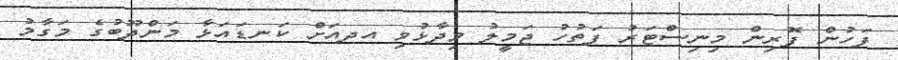
ފަހުން ފޮރިން މިނިސްޓަރު ފަތުހު ޖަމީލު ވިދާޅުވި އދއަށް ކަނޑައަޅާ މަންދޫބުގެ މަގާމު